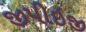
જીપીઇજી